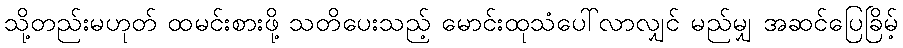
သို့တည်းမဟုတ် ထမင်းစားဖို့ သတိပေးသည့် မောင်းထုသံပေါ်လာလျှင် မည်မျှ အဆင်ပြေခြိမ့်